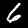
Digit: 6